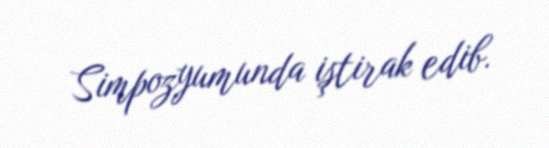
Simpozyumunda iştirak edib.